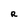
Character: R